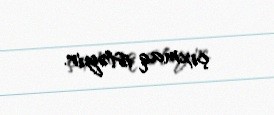
çıxmaq istəyir.